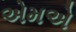
એમએ